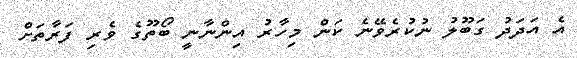
އެ އަދަދު ގަބޫލު ނުކުރެވޭނެ ކަން މިހާރު އިންނާނީ ބޯތޫގެ ވެރި ފަރާތަށް